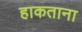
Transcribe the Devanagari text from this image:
हाकताना